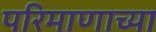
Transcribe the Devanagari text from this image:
परिमाणाच्या